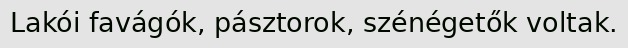
Lakói favágók, pásztorok, szénégetők voltak.